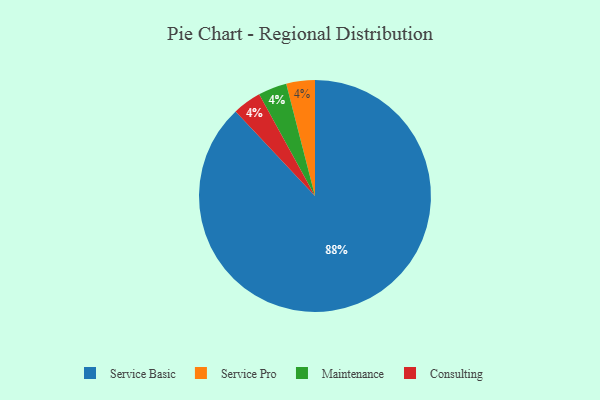
{"axis": {"x": "Category", "y": "Percentage"}, "legend": ["Consulting", "Maintenance", "Service Basic", "Service Pro"], "data": [{"x": "Service Pro", "y": 4, "type": "Service Pro"}, {"x": "Service Basic", "y": 88, "type": "Service Basic"}, {"x": "Maintenance", "y": 4, "type": "Maintenance"}, {"x": "Consulting", "y": 4, "type": "Consulting"}]}